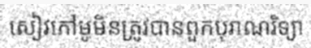
សៀវភៅមូមិនត្រូវបានពួកបុរាណរិទ្យា